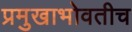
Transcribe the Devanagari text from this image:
प्रमुखाभोवतीच